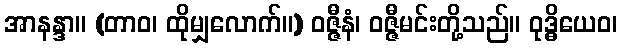
အာနန္ဒာ။ (တာဝ၊ ထိုမျှလောက်။) ဝဇ္ဇီနံ၊ ဝဇ္ဇီမင်းတို့သည်။ ဝုဒ္ဓိယေဝ၊